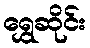
ရွှေဆိုင်း